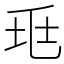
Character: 𡊥